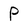
Character: P